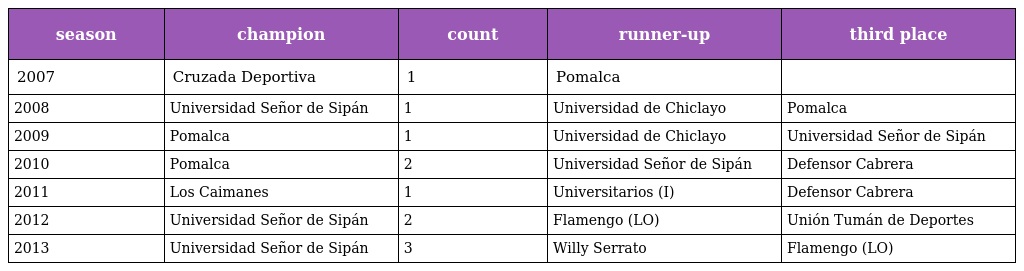
| season | champion | count | runner-up | third place |
 | --- | --- | --- | --- | --- |
 | 2007 | Cruzada Deportiva | 1 | Pomalca |  |
 | 2008 | Universidad Señor de Sipán | 1 | Universidad de Chiclayo | Pomalca |
 | 2009 | Pomalca | 1 | Universidad de Chiclayo | Universidad Señor de Sipán |
 | 2010 | Pomalca | 2 | Universidad Señor de Sipán | Defensor Cabrera |
 | 2011 | Los Caimanes | 1 | Universitarios (I) | Defensor Cabrera |
 | 2012 | Universidad Señor de Sipán | 2 | Flamengo (LO) | Unión Tumán de Deportes |
 | 2013 | Universidad Señor de Sipán | 3 | Willy Serrato | Flamengo (LO) |